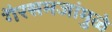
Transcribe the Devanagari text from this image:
गैरसमजांमुळे